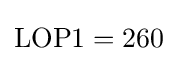
{\mbox{LOP1}}=260